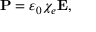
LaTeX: \mathbf { P } = \varepsilon _ { 0 } \chi _ { e } \mathbf { E } ,